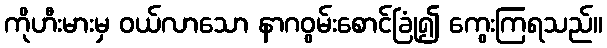
ကိုဟီးမားမှ ဝယ်လာသော နာဂဝွမ်းစောင်ခြုံ၍ ကွေးကြရသည်။